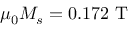
\mu _ { 0 } M _ { s } = 0 . 1 7 2 ~ \mathrm { T }